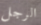
الرجل